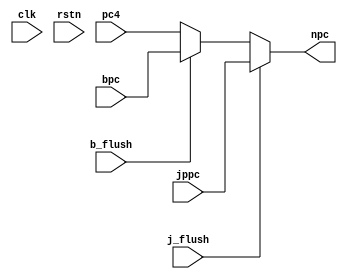
module npc (
    input         clk,
    input         rstn,
    input  [31:0] pc4,
    input  [31:0] bpc,
    input  [31:0] jppc,
    input         j_flush,
    input         b_flush,
    output [31:0] npc
);
    reg  [31:0] npc;
   always @(*) begin
        if(j_flush)
            npc = jppc;
        else if (b_flush)
            npc = bpc;
        else 
            npc = pc4;
   end
    
endmodule